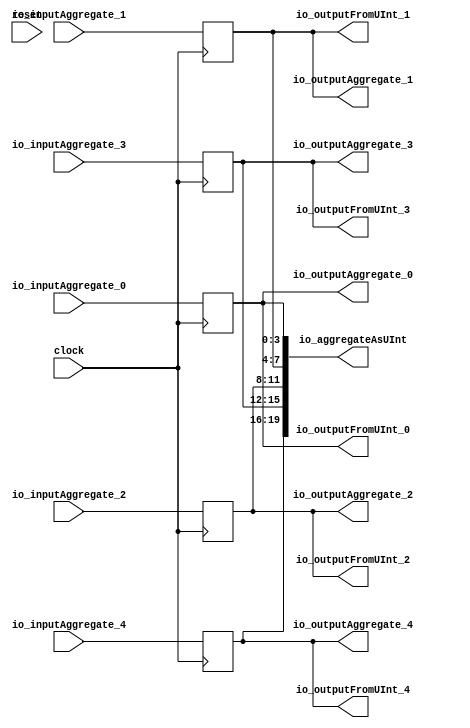
module AggregatePassThrough(
  input         clock,
  input         reset,
  input  [3:0]  io_inputAggregate_0,
  input  [3:0]  io_inputAggregate_1,
  input  [3:0]  io_inputAggregate_2,
  input  [3:0]  io_inputAggregate_3,
  input  [3:0]  io_inputAggregate_4,
  output [3:0]  io_outputAggregate_0,
  output [3:0]  io_outputAggregate_1,
  output [3:0]  io_outputAggregate_2,
  output [3:0]  io_outputAggregate_3,
  output [3:0]  io_outputAggregate_4,
  output [19:0] io_aggregateAsUInt,
  output [3:0]  io_outputFromUInt_0,
  output [3:0]  io_outputFromUInt_1,
  output [3:0]  io_outputFromUInt_2,
  output [3:0]  io_outputFromUInt_3,
  output [3:0]  io_outputFromUInt_4
);
`ifdef RANDOMIZE_REG_INIT
  reg [31:0] _RAND_0;
  reg [31:0] _RAND_1;
  reg [31:0] _RAND_2;
  reg [31:0] _RAND_3;
  reg [31:0] _RAND_4;
`endif // RANDOMIZE_REG_INIT
  reg [3:0] aggregateRegister_0; // @[AggregateOrderingSpec.scala 134:30]
  reg [3:0] aggregateRegister_1; // @[AggregateOrderingSpec.scala 134:30]
  reg [3:0] aggregateRegister_2; // @[AggregateOrderingSpec.scala 134:30]
  reg [3:0] aggregateRegister_3; // @[AggregateOrderingSpec.scala 134:30]
  reg [3:0] aggregateRegister_4; // @[AggregateOrderingSpec.scala 134:30]
  wire [7:0] _T_46 = {aggregateRegister_1,aggregateRegister_0}; // @[AggregateOrderingSpec.scala 139:49]
  wire [11:0] _T_48 = {aggregateRegister_4,aggregateRegister_3,aggregateRegister_2}; // @[AggregateOrderingSpec.scala 139:49]
  wire [19:0] _T_49 = {aggregateRegister_4,aggregateRegister_3,aggregateRegister_2,aggregateRegister_1,
    aggregateRegister_0}; // @[AggregateOrderingSpec.scala 139:49]
  assign io_outputAggregate_0 = aggregateRegister_0; // @[AggregateOrderingSpec.scala 137:22]
  assign io_outputAggregate_1 = aggregateRegister_1; // @[AggregateOrderingSpec.scala 137:22]
  assign io_outputAggregate_2 = aggregateRegister_2; // @[AggregateOrderingSpec.scala 137:22]
  assign io_outputAggregate_3 = aggregateRegister_3; // @[AggregateOrderingSpec.scala 137:22]
  assign io_outputAggregate_4 = aggregateRegister_4; // @[AggregateOrderingSpec.scala 137:22]
  assign io_aggregateAsUInt = {_T_48,_T_46}; // @[AggregateOrderingSpec.scala 139:49]
  assign io_outputFromUInt_0 = _T_49[3:0]; // @[AggregateOrderingSpec.scala 140:51]
  assign io_outputFromUInt_1 = _T_49[7:4]; // @[AggregateOrderingSpec.scala 140:51]
  assign io_outputFromUInt_2 = _T_49[11:8]; // @[AggregateOrderingSpec.scala 140:51]
  assign io_outputFromUInt_3 = _T_49[15:12]; // @[AggregateOrderingSpec.scala 140:51]
  assign io_outputFromUInt_4 = _T_49[19:16]; // @[AggregateOrderingSpec.scala 140:51]
  always @(posedge clock) begin
    aggregateRegister_0 <= io_inputAggregate_0; // @[AggregateOrderingSpec.scala 136:21]
    aggregateRegister_1 <= io_inputAggregate_1; // @[AggregateOrderingSpec.scala 136:21]
    aggregateRegister_2 <= io_inputAggregate_2; // @[AggregateOrderingSpec.scala 136:21]
    aggregateRegister_3 <= io_inputAggregate_3; // @[AggregateOrderingSpec.scala 136:21]
    aggregateRegister_4 <= io_inputAggregate_4; // @[AggregateOrderingSpec.scala 136:21]
  end
// Register and memory initialization
`ifdef RANDOMIZE_GARBAGE_ASSIGN
`define RANDOMIZE
`endif
`ifdef RANDOMIZE_INVALID_ASSIGN
`define RANDOMIZE
`endif
`ifdef RANDOMIZE_REG_INIT
`define RANDOMIZE
`endif
`ifdef RANDOMIZE_MEM_INIT
`define RANDOMIZE
`endif
`ifndef RANDOM
`define RANDOM $random
`endif
`ifdef RANDOMIZE_MEM_INIT
  integer initvar;
`endif
`ifndef SYNTHESIS
`ifdef FIRRTL_BEFORE_INITIAL
`FIRRTL_BEFORE_INITIAL
`endif
initial begin
  `ifdef RANDOMIZE
    `ifdef INIT_RANDOM
      `INIT_RANDOM
    `endif
    `ifndef VERILATOR
      `ifdef RANDOMIZE_DELAY
        #`RANDOMIZE_DELAY begin end
      `else
        #0.002 begin end
      `endif
    `endif
`ifdef RANDOMIZE_REG_INIT
  _RAND_0 = {1{`RANDOM}};
  aggregateRegister_0 = _RAND_0[3:0];
  _RAND_1 = {1{`RANDOM}};
  aggregateRegister_1 = _RAND_1[3:0];
  _RAND_2 = {1{`RANDOM}};
  aggregateRegister_2 = _RAND_2[3:0];
  _RAND_3 = {1{`RANDOM}};
  aggregateRegister_3 = _RAND_3[3:0];
  _RAND_4 = {1{`RANDOM}};
  aggregateRegister_4 = _RAND_4[3:0];
`endif // RANDOMIZE_REG_INIT
  `endif // RANDOMIZE
end // initial
`ifdef FIRRTL_AFTER_INITIAL
`FIRRTL_AFTER_INITIAL
`endif
`endif // SYNTHESIS
endmodule